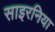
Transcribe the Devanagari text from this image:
साइरनिया